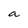
Character: a